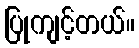
ပြုကျင့်တယ်။